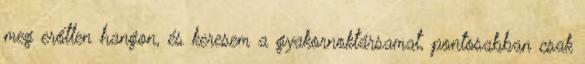
meg erőtlen hangon, és keresem a gyakornoktársamat, pontosabban csak